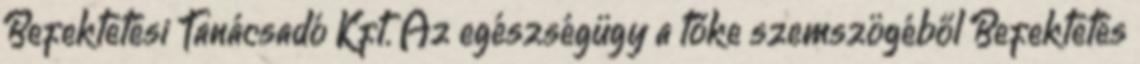
Befektetési Tanácsadó Kft. Az egészségügy a tőke szemszögéből Befektetés